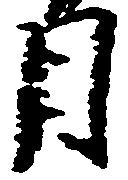
月